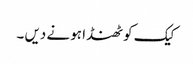
کیک کو ٹھنڈا ہو نے دیں ۔